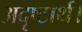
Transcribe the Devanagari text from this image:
अदृष्टार्थ।